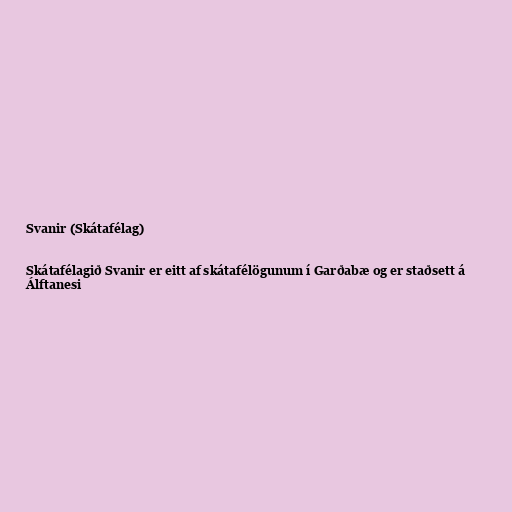
Svanir (Skátafélag)

Skátafélagið Svanir er eitt af skátafélögunum í Garðabæ og er staðsett á
Álftanesi